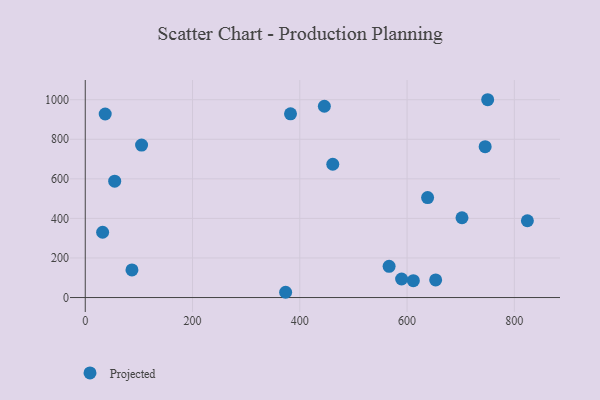
{"axis": {"x": "Experience", "y": "Yield"}, "legend": ["Projected"], "data": [{"x": "373.6", "y": 26.6, "type": "Projected"}, {"x": "653.3", "y": 88.9, "type": "Projected"}, {"x": "54.9", "y": 588.3, "type": "Projected"}, {"x": "702.4", "y": 403.3, "type": "Projected"}, {"x": "611.7", "y": 85.1, "type": "Projected"}, {"x": "461.5", "y": 673.8, "type": "Projected"}, {"x": "824.3", "y": 388.2, "type": "Projected"}, {"x": "445.8", "y": 967.1, "type": "Projected"}, {"x": "105.0", "y": 770.8, "type": "Projected"}, {"x": "37.2", "y": 927.8, "type": "Projected"}, {"x": "382.7", "y": 928.5, "type": "Projected"}, {"x": "32.4", "y": 330.0, "type": "Projected"}, {"x": "745.6", "y": 762.7, "type": "Projected"}, {"x": "638.3", "y": 505.5, "type": "Projected"}, {"x": "566.5", "y": 157.8, "type": "Projected"}, {"x": "589.8", "y": 93.6, "type": "Projected"}, {"x": "750.3", "y": 1000.0, "type": "Projected"}, {"x": "87.1", "y": 139.4, "type": "Projected"}]}